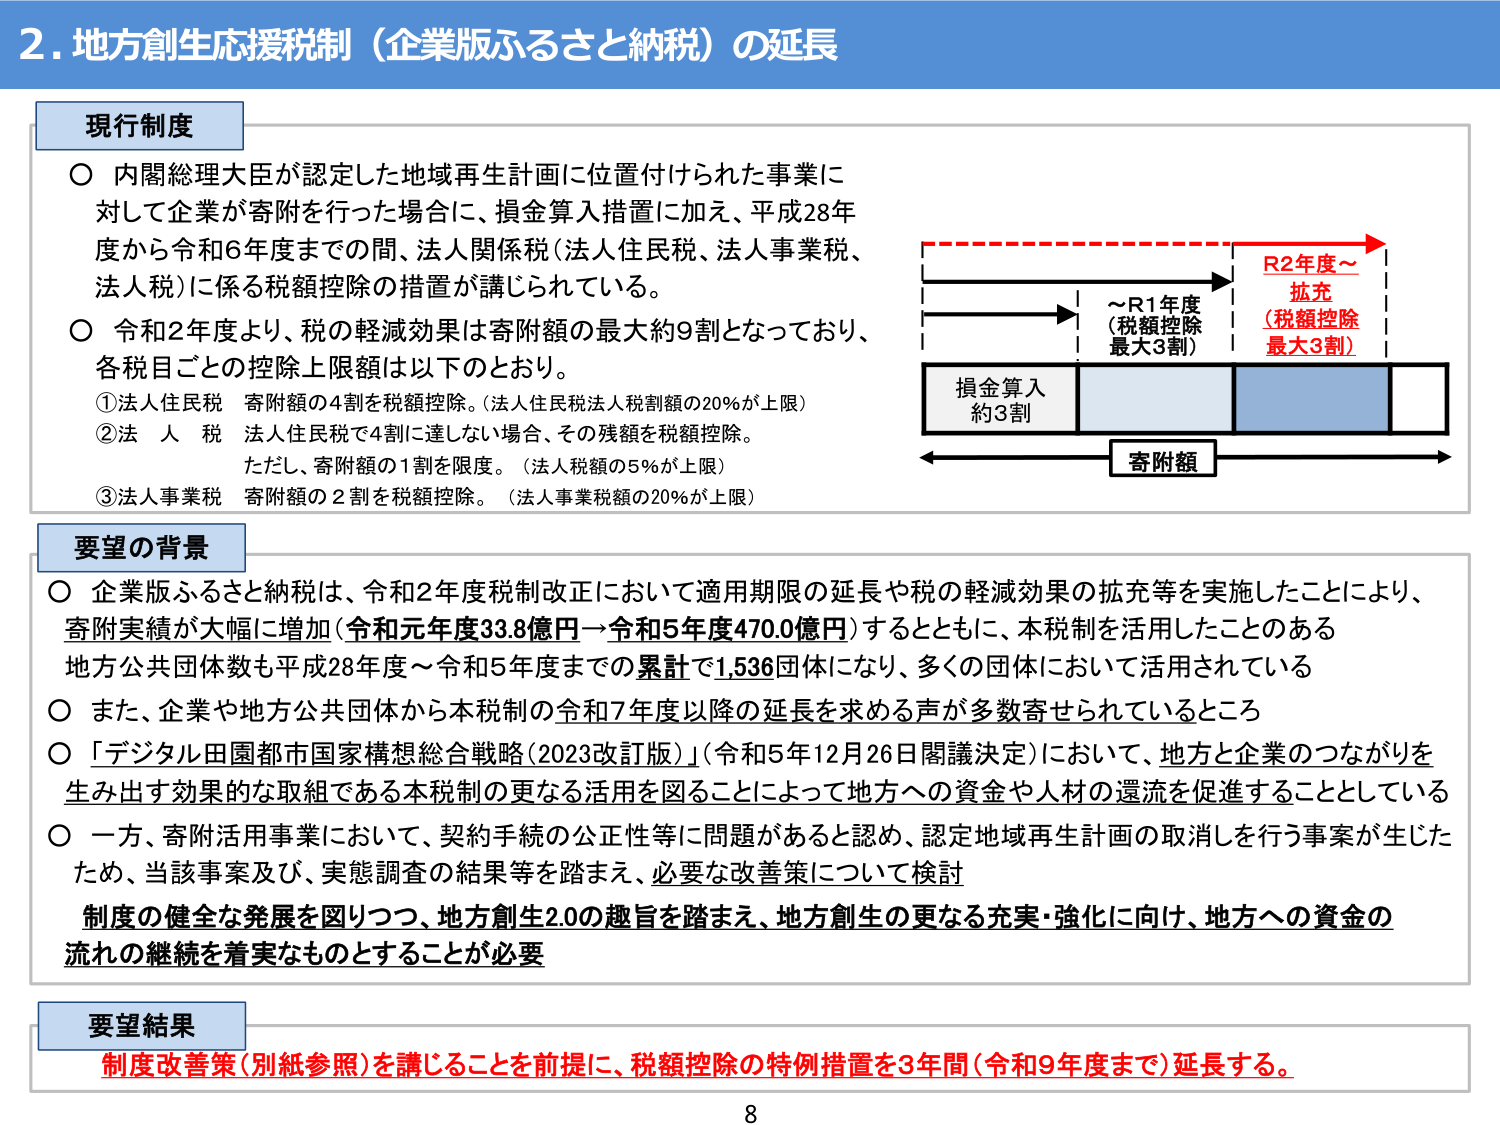
2. 地方創生応援税制（企業版ふるさと納税）の延長

現行制度
○ 内閣総理大臣が認定した地域再生計画に位置付けられた事業に対して企業が寄附を行った場合に、損金算入措置に加え、平成28年度から令和6年度までの間、法人関係税（法人住民税、法人事業税、法人税）に係る税額控除の措置が講じられている。
○ 令和2年度より、税の軽減効果は寄附額の最大約9割となっており、各税目ごとの控除上限額は以下のとおり。
　①法人住民税　寄附額の4割を税額控除。（法人住民税法人税割額の20％が上限）
　②法人税　法人住民税で4割に達しない場合、その残額を税額控除。
　　　ただし、寄附額の1割を限度。（法人税額の5％が上限）
　③法人事業税　寄附額の2割を税額控除。（法人事業税額の20％が上限）

要望の背景
○ 企業版ふるさと納税は、令和2年度税制改正において適用期限の延長や税の軽減効果の拡充等を実施したことにより、寄附実績が大幅に増加（令和元年度33.8億円→令和5年度470.0億円）するとともに、本税制を活用したことのある地方公共団体数も平成28年度～令和5年度までの累計で1,536団体になり、多くの団体において活用されている
○ また、企業や地方公共団体から本税制の令和7年度以降の延長を求める声が多数寄せられているところ
○ 「デジタル田園都市国家構想総合戦略（2023改訂版）」（令和5年12月26日閣議決定）において、地方と企業のつながりを生み出す効果的な取組である本税制の更なる活用を図ることによって地方への資金や人材の還流を促進することとしている
○ 一方、寄附活用事業において、契約手続の公正性等に問題があると認め、認定地域再生計画の取消しを行う事案が生じたため、当該事案及び、実態調査の結果等を踏まえ、必要な改善策について検討
　制度の健全な発展を図りつつ、地方創生2.0の趣旨を踏まえ、地方創生の更なる充実・強化に向け、地方への資金の流れの継続を着実なものとすることが必要

要望結果
制度改善策（別紙参照）を講じることを前提に、税額控除の特例措置を3年間（令和9年度まで）延長する。

～R1年度
（税額控除
最大3割）

R2年度～
拡充
（税額控除
最大3割）

損金算入
約3割

寄附額

8